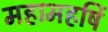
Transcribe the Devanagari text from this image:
महामहर्षि